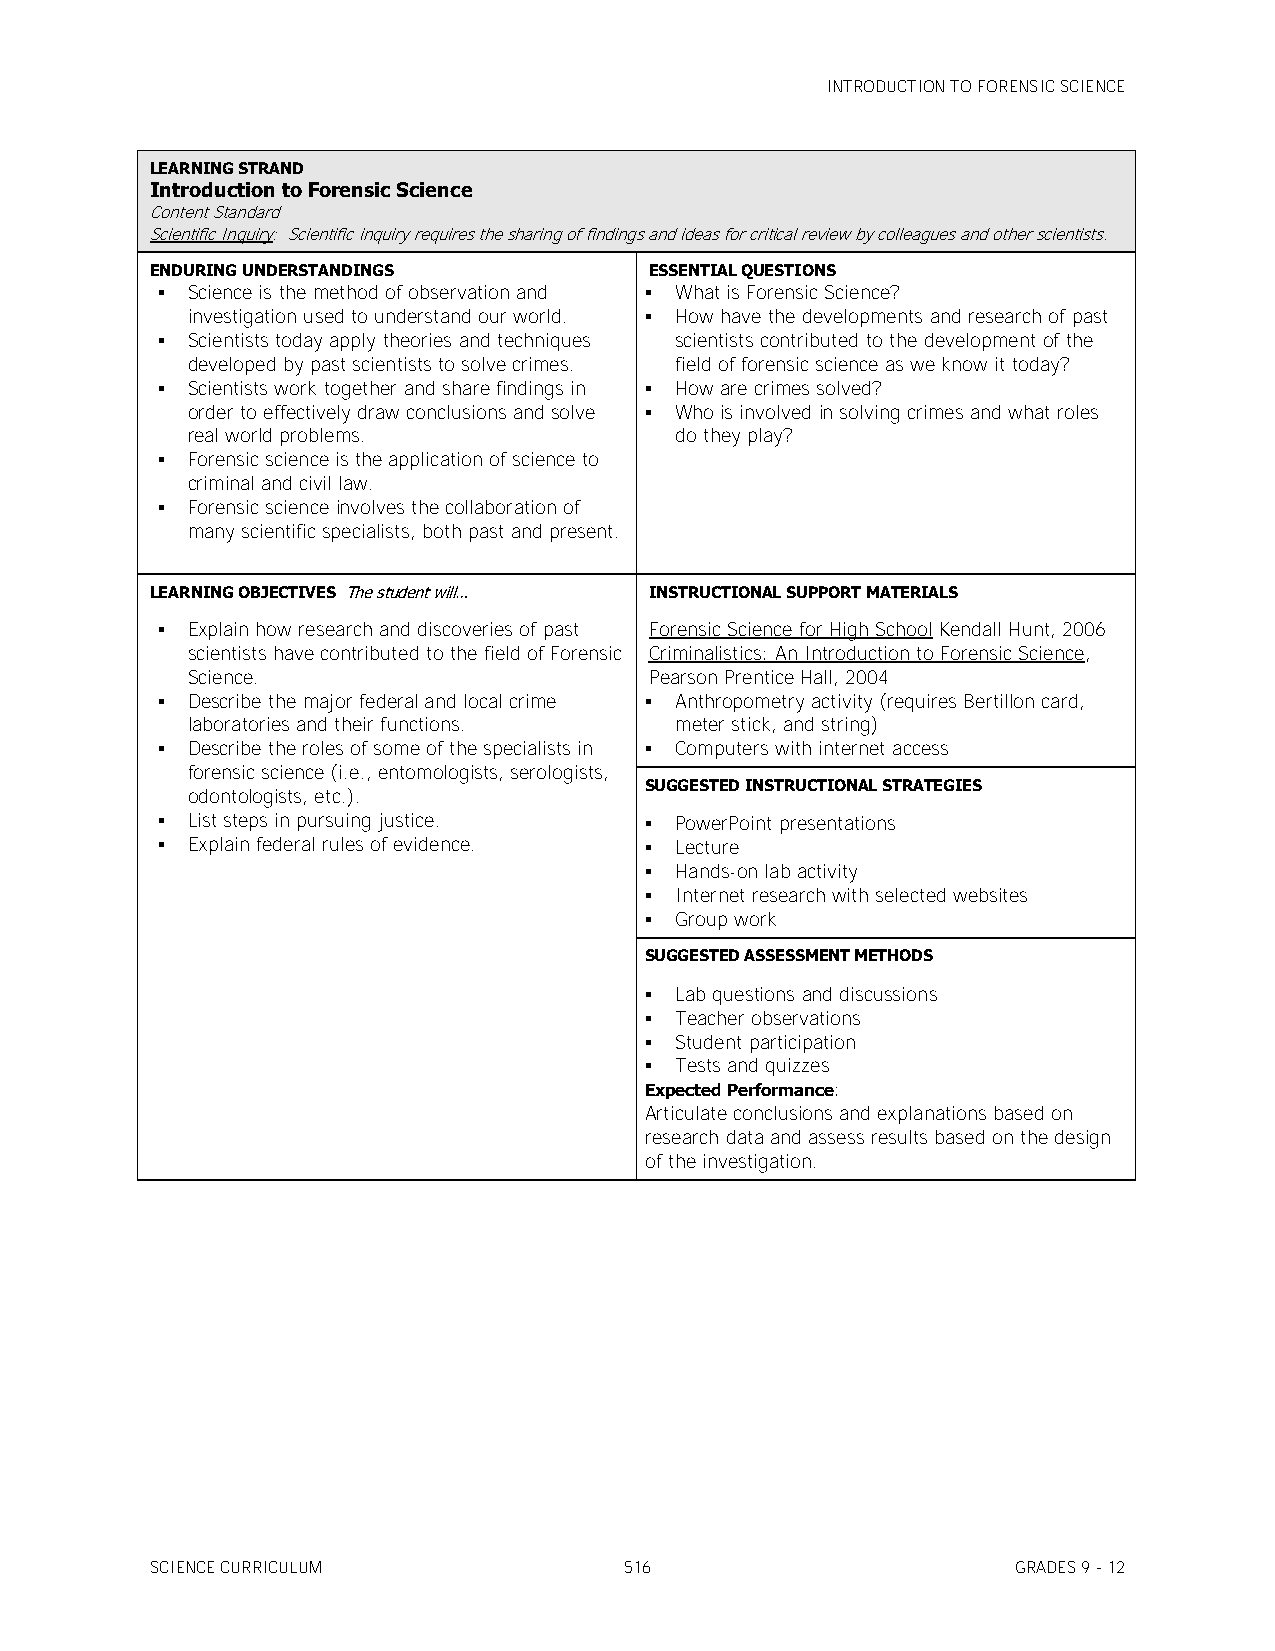
INTRODUCTION TO FORENSIC SCIENCE
 LEARNING STRAND
 Introduction to Forensic Science
 Content Standard
 Scientific Inquiry: Scientific inquiry requires the sharing of findings and ideas for critical review by colleagues and other scientists.
 ENDURING UNDERSTANDINGS          ESSENTIAL QUESTIONS
  Science is the method of observation and  What is Forensic Science?
 investigation used to understand our world.  How have the developments and research of past
  Scientists today apply theories and techniques scientists contributed to the development of the
 developed by past scientists to solve crimes. field of forensic science as we know it today?
  Scientists work together and share findings in  How are crimes solved?
 order to effectively draw conclusions and solve  Who is involved in solving crimes and what roles
 real world problems.             do they play?
  Forensic science is the application of science to
 criminal and civil law.
  Forensic science involves the collaboration of
 many scientific specialists, both past and present.
 LEARNING OBJECTIVES The student will… INSTRUCTIONAL SUPPORT MATERIALS
  Explain how research and discoveries of past Forensic Science for High School Kendall Hunt, 2006
 scientists have contributed to the field of Forensic Criminalistics: An Introduction to Forensic Science,
 Science.                       Pearson Prentice Hall, 2004
  Describe the major federal and local crime  Anthropometry activity (requires Bertillon card,
 laboratories and their functions. meter stick, and string)
  Describe the roles of some of the specialists in  Computers with internet access
 forensic science (i.e., entomologists, serologists,
 SUGGESTED INSTRUCTIONAL STRATEGIES
 odontologists, etc.).
  List steps in pursuing justice.  PowerPoint presentations
  Explain federal rules of evidence.  Lecture
  Hands-on lab activity
  Internet research with selected websites
  Group work
 SUGGESTED ASSESSMENT METHODS
  Lab questions and discussions
  Teacher observations
  Student participation
  Tests and quizzes
 Expected Performance:
 Articulate conclusions and explanations based on
 research data and assess results based on the design
 of the investigation.
 SCIENCE CURRICULUM             516                       GRADES 9 - 12